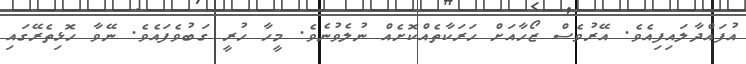
އުފައްދާލައިފިއެވެ. އޭރުވެސް ޒޯހާއަށް ހަރަކާތެއްކޮށެއް ނުލެވުނެވެ. މީހާ ހުރީ ގަބުވެފައެވެ. ނޭވާ ހޮޅިތެރޭގައި